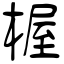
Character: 楃